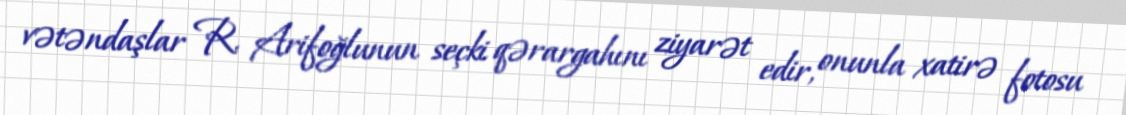
vətəndaşlar R. Arifoğlunun seçki qərargahını ziyarət edir, onunla xatirə fotosu